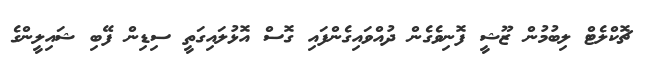
ޗޮކްލެޓް ލިބުމުން ޒޫޝީ ފޮނިވެގެން ދުއްވައިގެންފައި ގޮސް އޮޅުލައިގަތީ ސިޑިން ފޭބި ޝައިލީންގެ